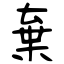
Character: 棄